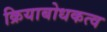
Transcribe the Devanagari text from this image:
क्रियाबोधकत्व